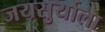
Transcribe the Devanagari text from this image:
जयसुर्याला